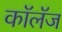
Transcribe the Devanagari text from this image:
कॉलॅज